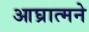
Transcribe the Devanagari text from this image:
आघ्रात्मने